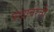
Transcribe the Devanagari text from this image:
पंखावरती